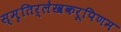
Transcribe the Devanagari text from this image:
स्मृतिर्लेखकरूपिणम